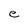
Character: e